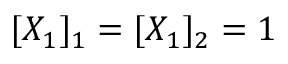
[ X _ { 1 } ] _ { 1 } = [ X _ { 1 } ] _ { 2 } = 1